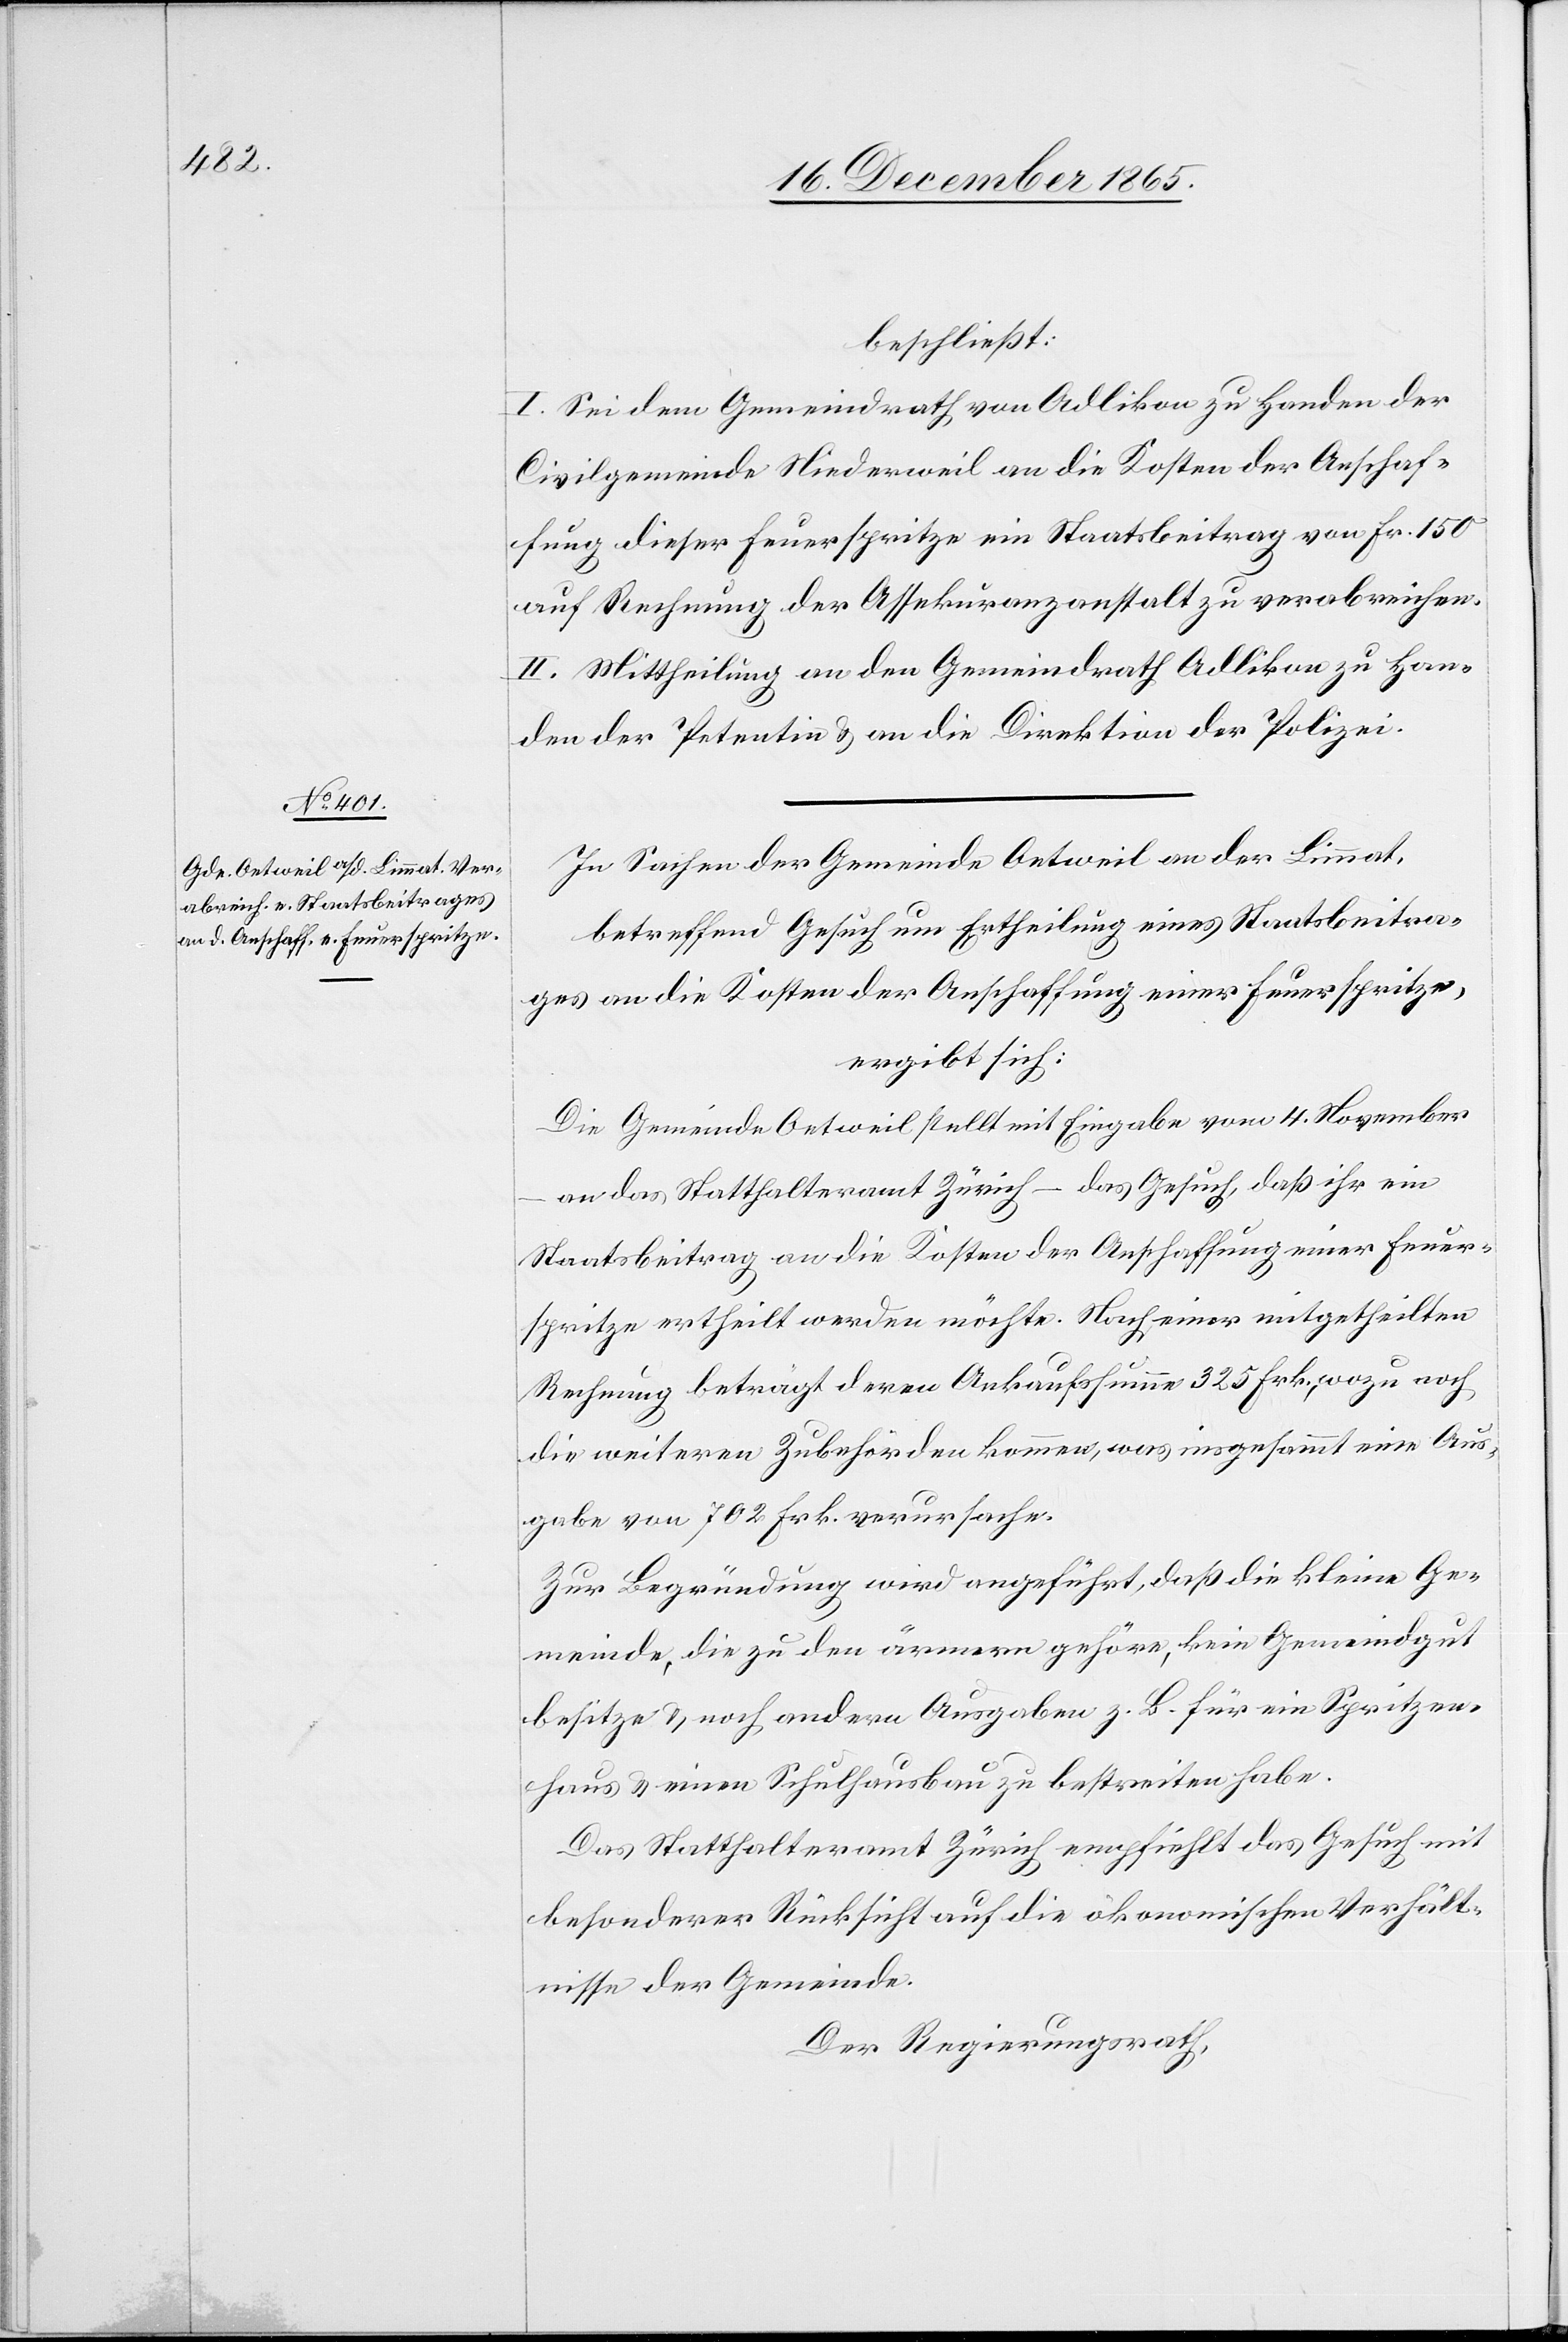
beschließt:
I. Sei dem Gemeindrath von Adlikon zu Handen der
Civilgemeinde Niederweil an die Kosten der Anschaf¬
fung dieser Feuerspritze ein Staatsbeitrag von Fr. 150
auf Rechnung der Assekuranzanstalt zu verabreichen.
II. Mittheilung an den Gemeindrath Adlikon zu Han¬
den der Petentin & an die Direktion der Polizei.
In Sachen der Gemeinde Oetweil an der Limmat,
betreffend Gesuch um Ertheilung eines Staatsbeitra¬
ges an die Kosten der Anschaffung einer Feuerspritze,
ergibt sich:
Die Gemeinde Oetweil stellt mit Eingabe vom 4. November
an das Statthalteramt Zürich – das Gesuch, daß ihr ein
Staatsbeitrag an die Kosten der Anschaffung einer Feuer¬
spritze ertheilt werden möchte. Nach einer mitgetheilten
Rechnung beträgt deren Ankaufssumme 325 Frk., wozu noch
die weitern Zubehörden kommen, was ingesammt eine Aus¬
gabe von 702 Frk. verursache.
Zur Begründung wird angeführt, daß die kleine Ge¬
meinde, die zu den ärmern gehöre, kein Gemeindgut
besitze & noch andere Ausgaben z. B. für ein Spritzen¬
haus & einen Schulhausbau zu bestreiten habe.
Das Statthalteramt Zürich empfiehlt das Gesuch mit
besonderer Rücksicht auf die ökonomischen Verhält¬
nisse der Gemeinde.
Der Regierungsrath,